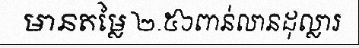
មានតម្លៃ ២.៥៦ពាន់លានដុល្លារ